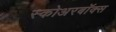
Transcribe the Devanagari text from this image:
स्कोअरबॉक्स